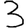
Digit: 3